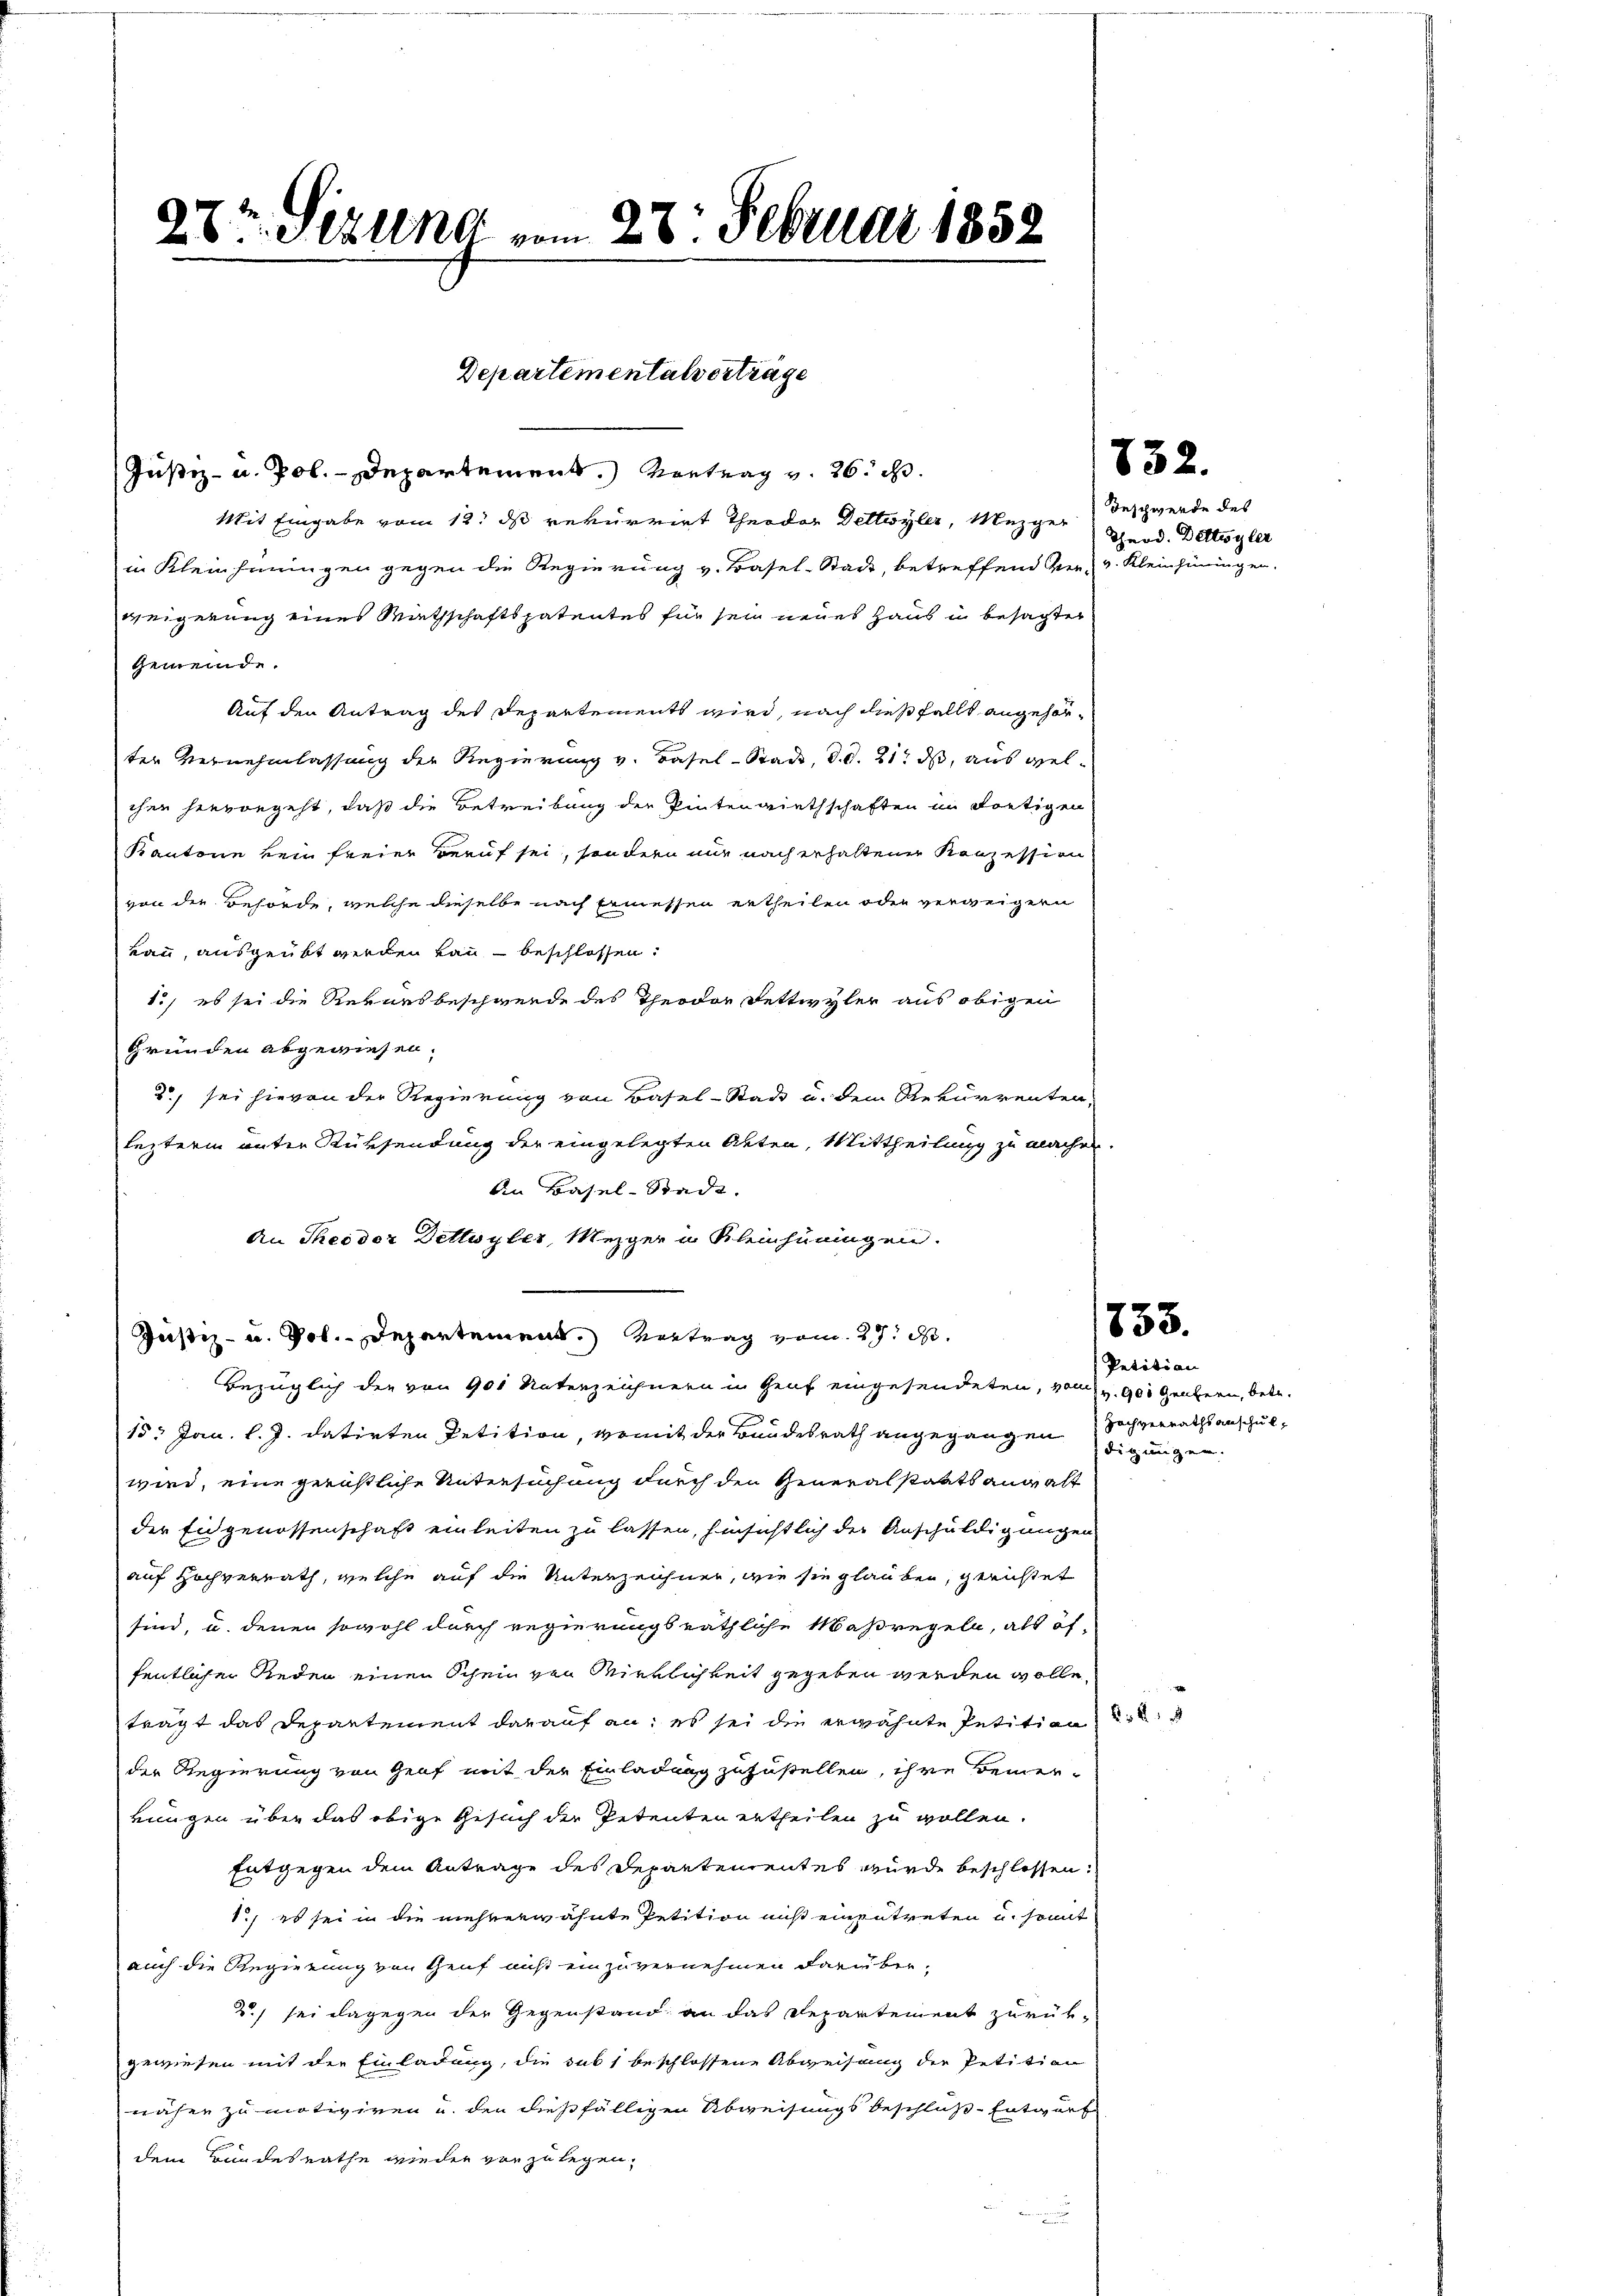
28t. Und vom 28. Februar 1852

Justiz- u. Pol. - Departement.) Vortrag v. 26. d.
Mit Eingabe vom 12. ds rekurrirt Theodor Deltwyler, Mezger
in Kleinhiningen gegen die Regierung v. Basel-Stadt, betreffend Ver- v. Kleinhüringen.
weigerung eines Wirthschaftspatentes für sein neues Haus in besagter
Gemeinde.
Auf den Antrag des Departement wird, nach dießfalls angehörter Vernehmlassung der Regierung v. Basel-Stade, d. d. 21. ds, aus welchen hervorgeht, daß die Betreibung der Pintenriethschaften im Fortigen
Kantone kein freier Beruf sei, sondern nur nach erhaltenen Kanzession
von der Behörde, welche dieselbe nach Ermessen ertheilen oder verweigern
kann, ausgeübt werden kann beschlossen:
1.) es sei die Rekursbeschwerde des Theodor Fettwyler aus obigen
Gründen abgewiesen.
2) sei hievon der Regierung von Basel-Stadt u. dem Rekurrenten,
lezterm unter Rücksendung der eingelegten Akten, Mittheilung zu machen.
An Basel-Stadt.
An Theodor Dettwyler, Mezger u Kleinhüningen.
Bezüglich der von 901 Unterzeichnern in Genf eingesendeten, vom 1. 900 Genern, betr.
15. Jan. l. J. datirten Petition, womit der Bundesrath angegangen Hochverrathsanschulwird, eine gerüstliche Untersuchung durch den Generalstaatsanwalt
der Eidgenossenschaft einleiten zu lassen, hinsichtlich der Anschuldigungen
auf Hochverrath, welche auf die Unterzeichner, wie sie glauben, gerichtet
sind, u. denen sowohl durch regierungsräthliche Maßregeln, als öf-
fentlicher Reden einen Schein von Wirklichkeit gegeben werden wolle,
trägt das Departement darauf an, es sei die erwähnte Petition
der Regierung von Graf mit der Einladung zuzustellen, ihre Bemerkungen über das obige Gesuch der Petenten ertheilen zu wollen.
Entgegen dem Antrage des Departementes wurde beschlossen.
1.) es sei in die mehrerwähnte Petition muß einzutreten u. somit
auch die Regierung von Genf nicht einzuvernehmen darüber¬
2) sei dagegen der Gegenstand an das Departement zurükgewiesen mit der Einladung, die sub 1 beschlossene Abweisung der Petition
näher zu motiviren u. den dießfälligen Abweisungs beschluß-Entwurf
dem Bundesrathe wieder von zu legen.

Departementalverträge

Justiz- u. Pol. Departement. Vertrag vom 29. d.

832.

Geschwerde des
Theod. Bettwyler

1753.

Petition
digungen.